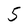
Character: 5